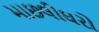
માછલીઘરો